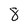
Character: 8